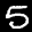
Digit: 5